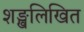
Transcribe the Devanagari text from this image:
शङ्खलिखित